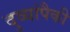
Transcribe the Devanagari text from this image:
दुव्यांपैकी